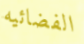
الفضائيه